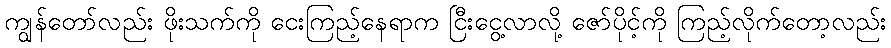
ကျွန်တော်လည်း ဖိုးသက်ကို ငေးကြည့်နေရာက ငြီးငွေ့လာလို့ ဇော်ပိုင့်ကို ကြည့်လိုက်တော့လည်း